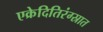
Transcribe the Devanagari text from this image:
एक्रेदितिरंग्स्रात